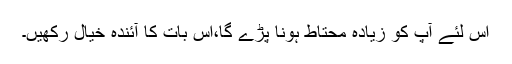
اس لئے آپ کو زیادہ محتاط ہونا پڑے گا،اس بات کا آئندہ خیال رکھیں۔